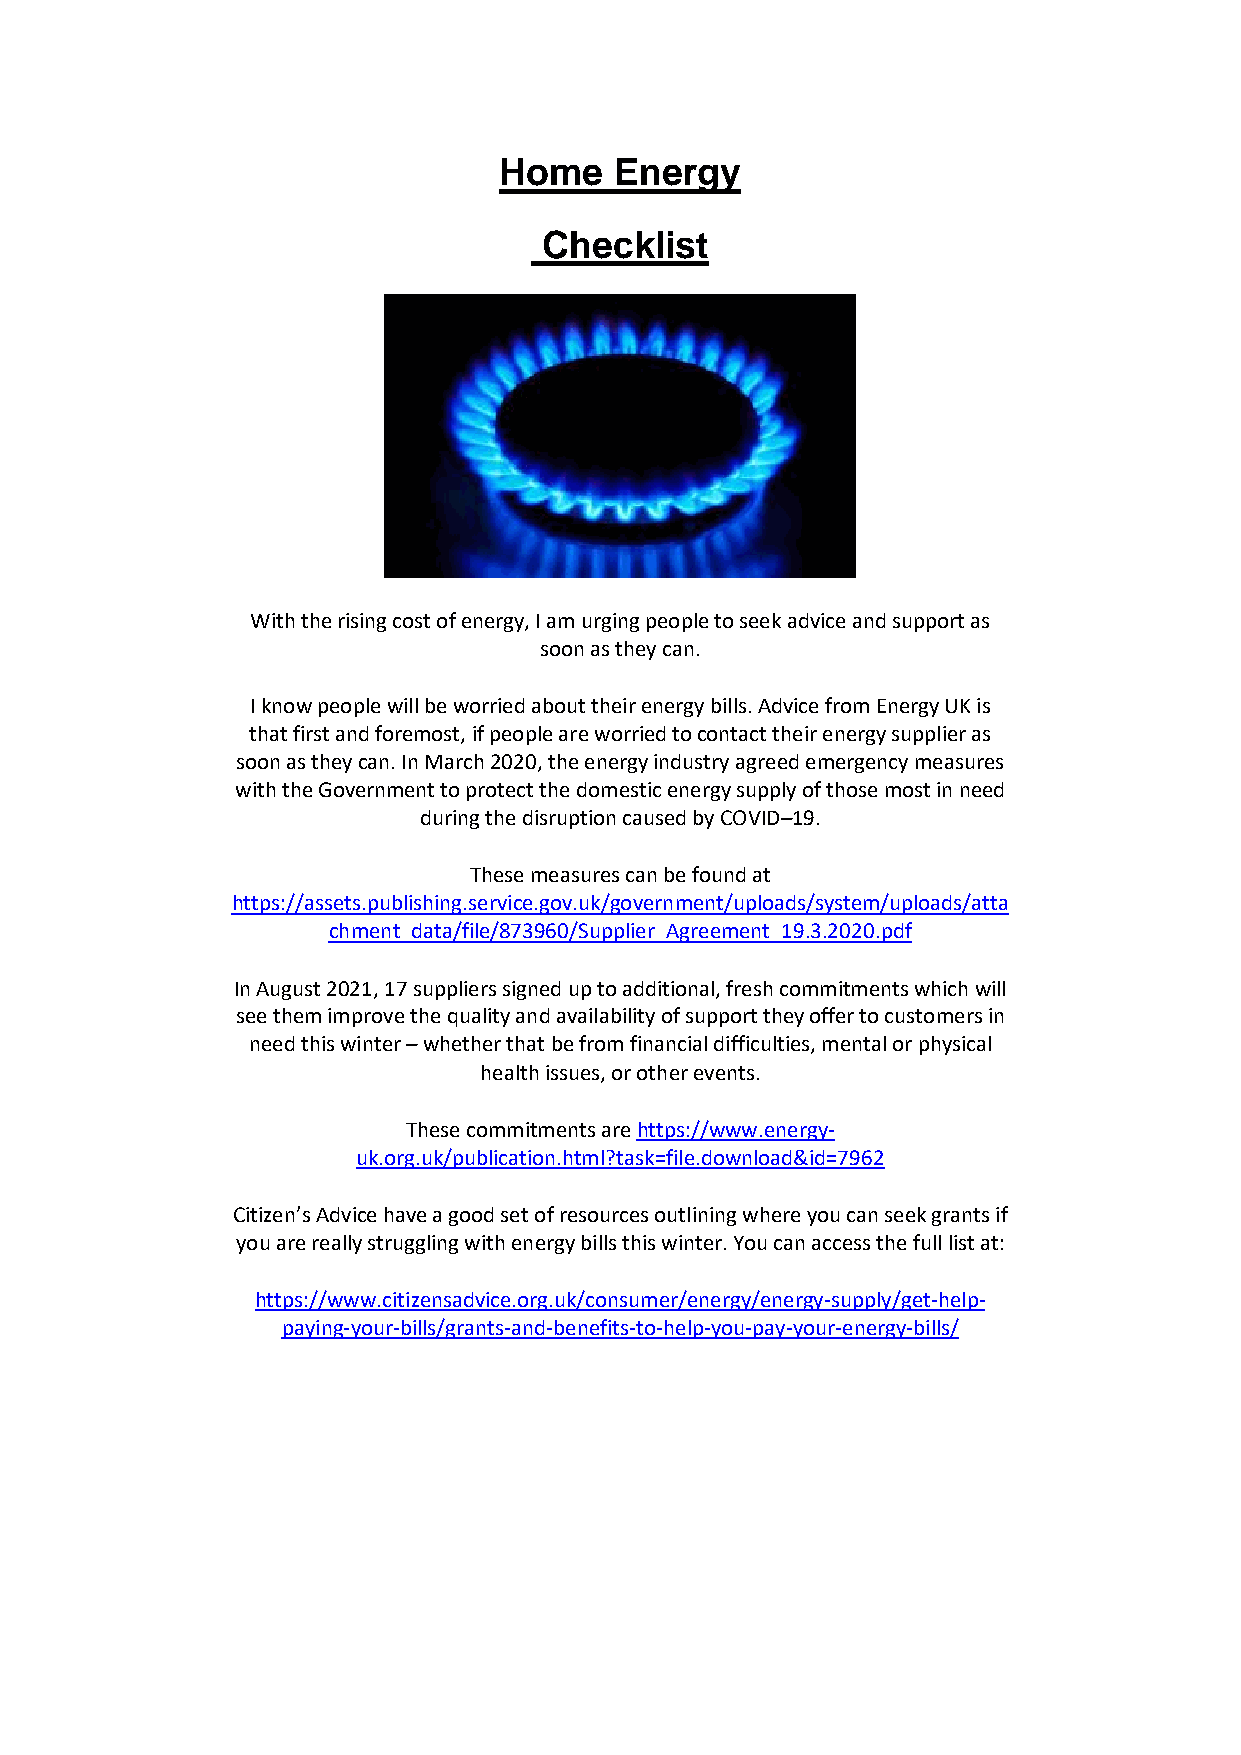
Home    Energy
 Checklist
 With the rising cost of energy, I am urging people to seek advice and support as
 soon as they can.
 I know people will be worried about their energy bills. Advice from Energy UK is
 that first and foremost, if people are worried to contact their energy supplier as
 soon as they can. In March 2020, the energy industry agreed emergency measures
 with the Government to protect the domestic energy supply of those most in need
 during the disruption caused by COVID–19.
 These measures can be found at
 https://assets.publishing.service.gov.uk/government/uploads/system/uploads/atta
 chment_data/file/873960/Supplier_Agreement_19.3.2020.pdf
 In August 2021, 17 suppliers signed up to additional, fresh commitments which will
 see them improve the quality and availability of support they offer to customers in
 need this winter – whether that be from financial difficulties, mental or physical
 health issues, or other events.
 These commitments are https://www.energy-
 uk.org.uk/publication.html?task=file.download&id=7962
 Citizen’s Advice have a good set of resources outlining where you can seek grants if
 you are really struggling with energy bills this winter. You can access the full list at:
 https://www.citizensadvice.org.uk/consumer/energy/energy-supply/get-help-
 paying-your-bills/grants-and-benefits-to-help-you-pay-your-energy-bills/